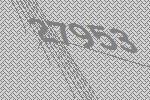
27953